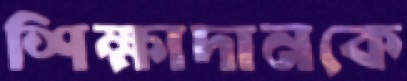
শিক্ষাদানকে